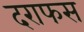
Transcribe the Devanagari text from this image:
दराफस